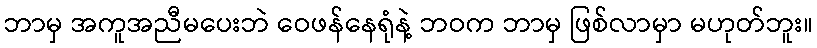
ဘာမှ အကူအညီမပေးဘဲ ဝေဖန်နေရုံနဲ့ ဘဝက ဘာမှ ဖြစ်လာမှာ မဟုတ်ဘူး။